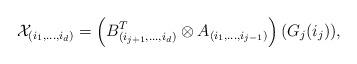
LaTeX: \begin{align*} \mathcal{X}_{(i_1,\dots,i_d)}=\left(B_{(i_{j+1},\dots,i_d)}^T\otimes A_{(i_1,\dots,i_{j-1})}\right)(G_j(i_j)),\end{align*}